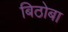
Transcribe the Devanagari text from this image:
बिठोबा